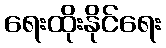
ရေးထိုးနိုင်ရေး